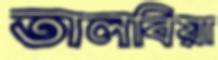
তালবিয়া